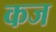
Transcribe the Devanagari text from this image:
कज